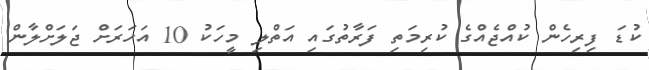
ކުޑަ ފިރިހެން ކުއްޖެއްގެ ކުރިމަތި ފަރާތުގައި އަތްލި މީހަކު 10 އަހަރަށް ޖަލަށްލާން